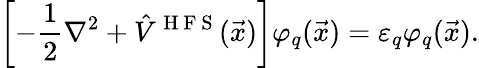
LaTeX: \left[-\frac{1}{2}\nabla^{2}+\hat{V}^{\mathrm{~H~F~S~}}(\vec{x})\right]{\varphi}_{q}(\vec{x})={\varepsilon}_{q}{\varphi}_{q}(\vec{x}).